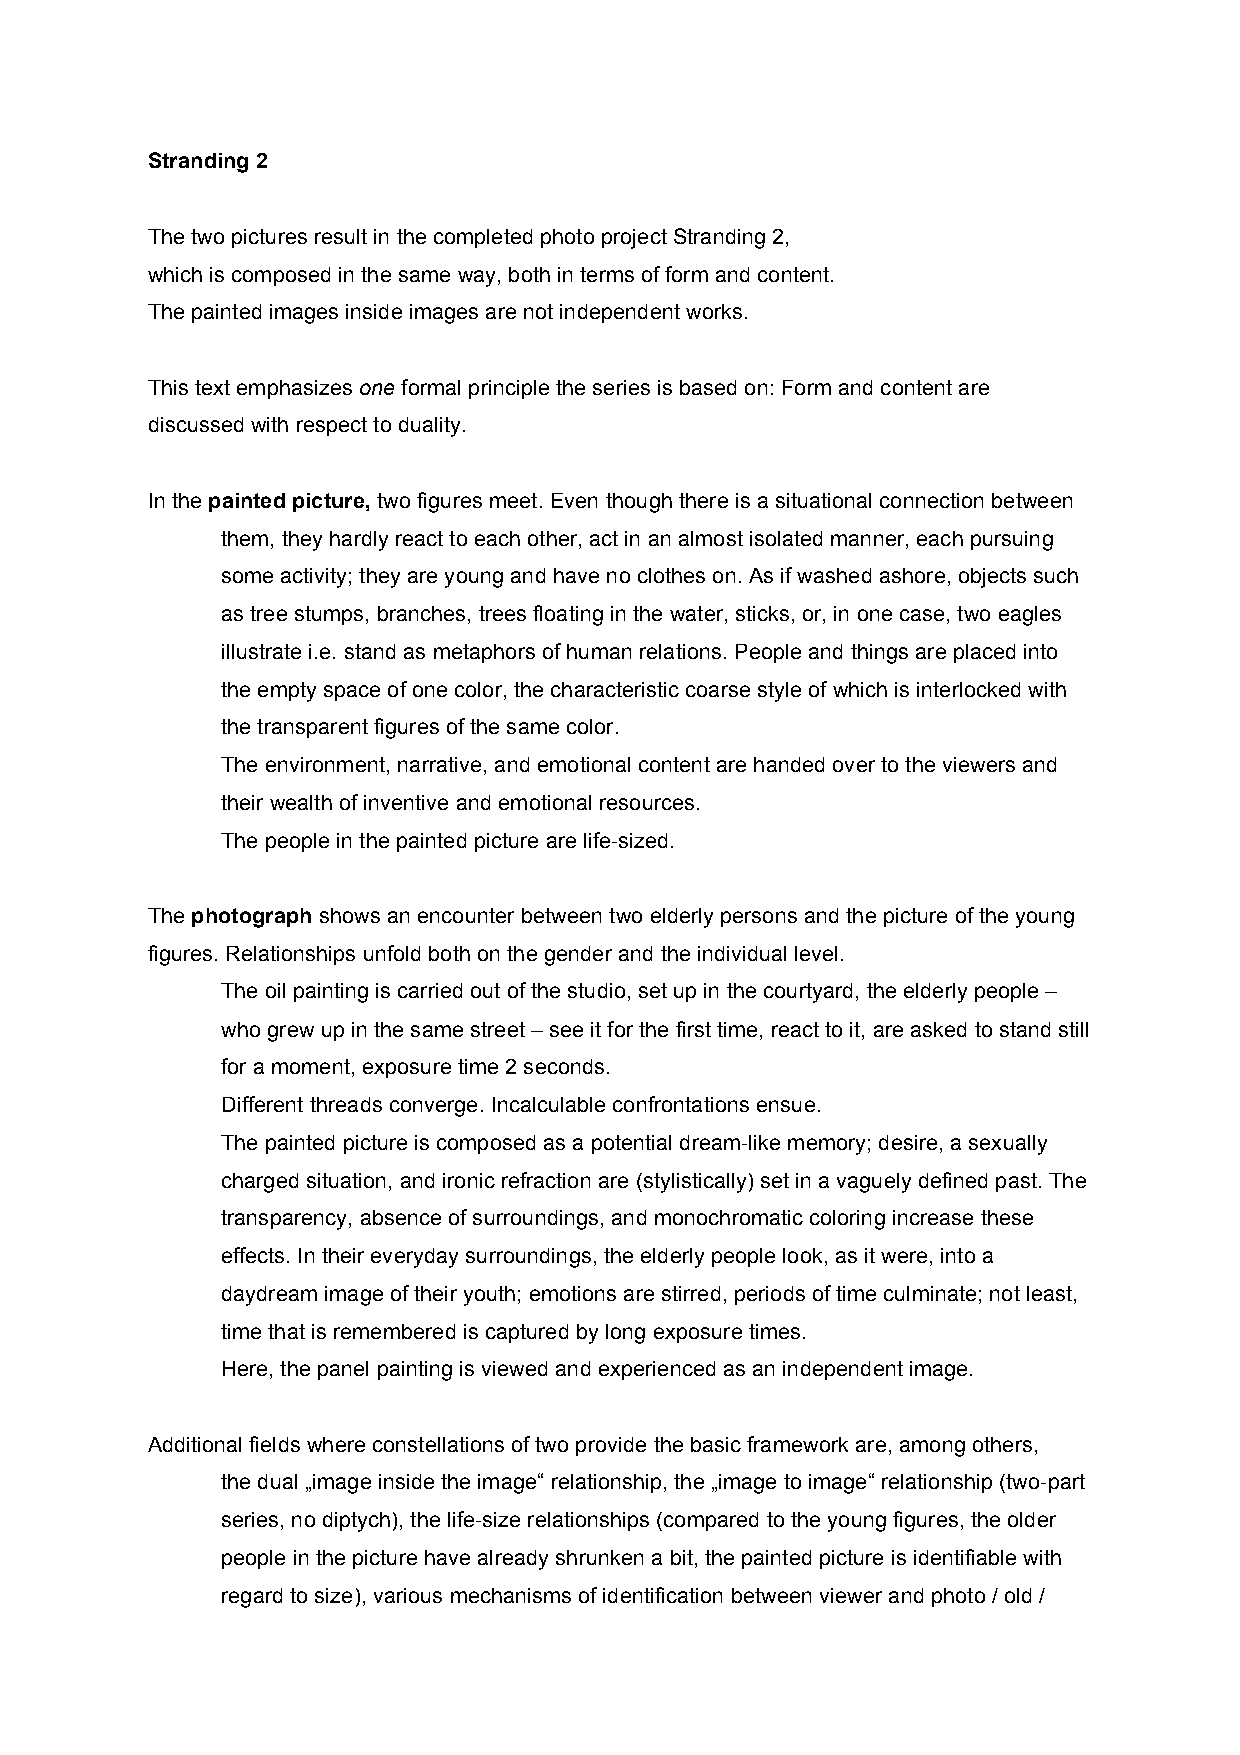
Stranding 2
 The two pictures result in the completed photo project Stranding 2,
 which is composed in the same way, both in terms of form and content.
 The painted images inside images are not independent works.
 This text emphasizes one formal principle the series is based on: Form and content are
 discussed with respect to duality.
 In the painted picture, two figures meet. Even though there is a situational connection between
 them, they hardly react to each other, act in an almost isolated manner, each pursuing
 some activity; they are young and have no clothes on. As if washed ashore, objects such
 as tree stumps, branches, trees floating in the water, sticks, or, in one case, two eagles
 illustrate i.e. stand as metaphors of human relations. People and things are placed into
 the empty space of one color, the characteristic coarse style of which is interlocked with
 the transparent figures of the same color.
 The environment, narrative, and emotional content are handed over to the viewers and
 their wealth of inventive and emotional resources.
 The people in the painted picture are life-sized.
 The photograph shows an encounter between two elderly persons and the picture of the young
 figures. Relationships unfold both on the gender and the individual level.
 The oil painting is carried out of the studio, set up in the courtyard, the elderly people –
 who grew up in the same street – see it for the first time, react to it, are asked to stand still
 for a moment, exposure time 2 seconds.
 Different threads converge. Incalculable confrontations ensue.
 The painted picture is composed as a potential dream-like memory; desire, a sexually
 charged situation, and ironic refraction are (stylistically) set in a vaguely defined past. The
 transparency, absence of surroundings, and monochromatic coloring increase these
 effects. In their everyday surroundings, the elderly people look, as it were, into a
 daydream image of their youth; emotions are stirred, periods of time culminate; not least,
 time that is remembered is captured by long exposure times.
 Here, the panel painting is viewed and experienced as an independent image.
 Additional fields where constellations of two provide the basic framework are, among others,
 the dual „image inside the image“ relationship, the „image to image“ relationship (two-part
 series, no diptych), the life-size relationships (compared to the young figures, the older
 people in the picture have already shrunken a bit, the painted picture is identifiable with
 regard to size), various mechanisms of identification between viewer and photo / old /